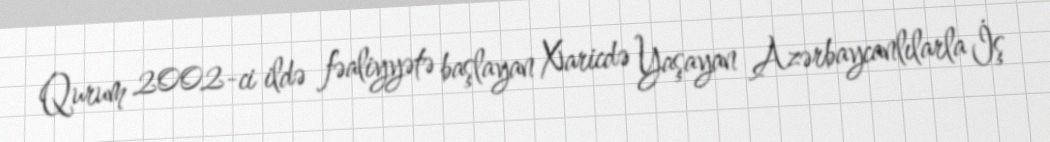
Qurum 2002-ci ildə fəaliyyətə başlayan Xaricdə Yaşayan Azərbaycanlılarla İş